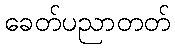
ခေတ်ပညာတတ်